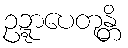
ဥဍ္ဍာပေတုန္တိ